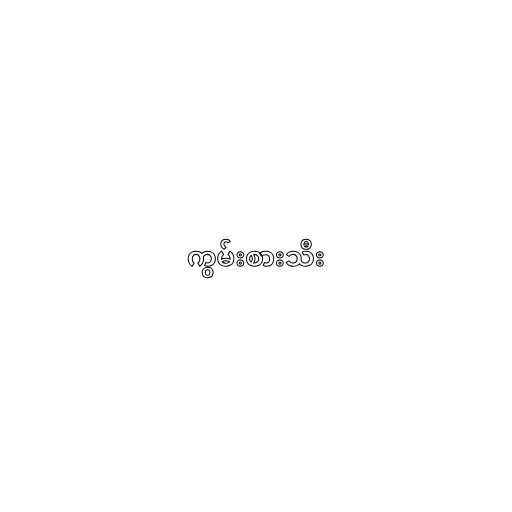
ကွမ်းစားသီး